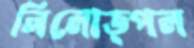
নিলোত্পল